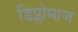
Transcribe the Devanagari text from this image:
डिप्लोमाज